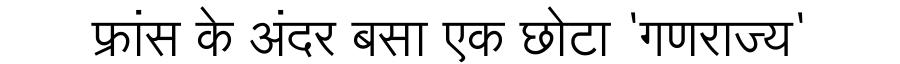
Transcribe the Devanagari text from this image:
फ्रांस के अंदर बसा एक छोटा 'गणराज्य'